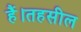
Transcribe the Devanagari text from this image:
हैं।तहसील